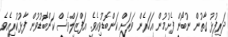
ދަރިފުޅު ގާތުން ނުބޯން ފެށުމުން އަހަރެން ވަރަށް ކަންބޮޑުވިއެވެ. އަފްޒަލްވެސް ކަންބޮޑުވުން ފާޅުކުރިއެވެ.